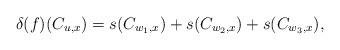
LaTeX: \begin{align*}\delta(f)(C_{u,x}) = s(C_{w_1,x})+s(C_{w_2,x})+s(C_{w_3,x}),\end{align*}